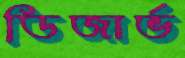
ডিজার্ভ